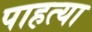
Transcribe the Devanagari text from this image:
पाहत्या